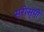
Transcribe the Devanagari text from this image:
सरोसृपों